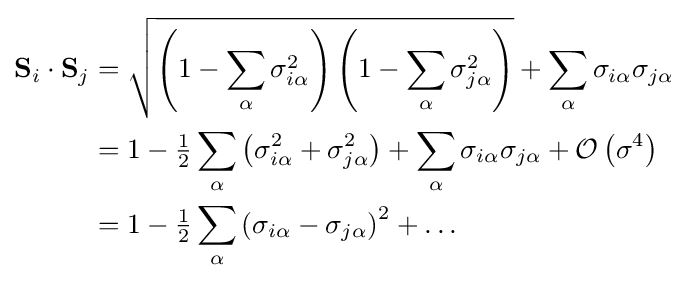
{\begin{aligned}\mathbf {S} _{i}\cdot \mathbf {S} _{j}&={\sqrt {\left(1-\sum _{\alpha }\sigma _{i\alpha }^{2}\right)\left(1-\sum _{\alpha }\sigma _{j\alpha }^{2}\right)}}+\sum _{\alpha }\sigma _{i\alpha }\sigma _{j\alpha }\\&=1-{\tfrac {1}{2}}\sum _{\alpha }\left(\sigma _{i\alpha }^{2}+\sigma _{j\alpha }^{2}\right)+\sum _{\alpha }\sigma _{i\alpha }\sigma _{j\alpha }+{\mathcal {O}}\left(\sigma ^{4}\right)\\&=1-{\tfrac {1}{2}}\sum _{\alpha }\left(\sigma _{i\alpha }-\sigma _{j\alpha }\right)^{2}+\ldots \end{aligned}}